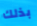
بذلك